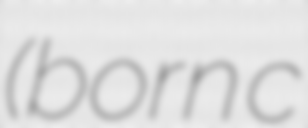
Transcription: (born c